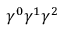
\gamma ^ { 0 } \gamma ^ { 1 } \gamma ^ { 2 }